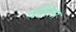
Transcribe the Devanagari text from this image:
पॉहेला